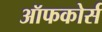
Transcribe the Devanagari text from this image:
ऑफकोर्स